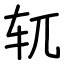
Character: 𫐄